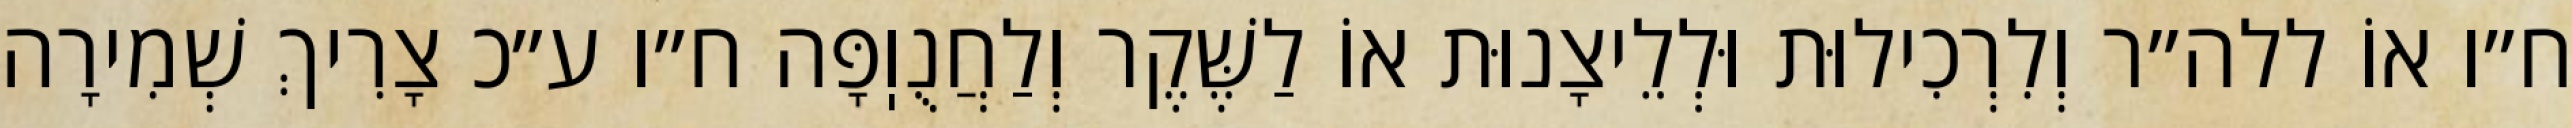
ח״ו אוֹ ללה״ר וְלִרְכִילוּת וּלְלֵיצָנוּת אוֹ לַשֶּׁקֶר וְלַחֲנֻוֽפָּה ח״ו ע״כ צָרִיךְ שְׁמִירָה